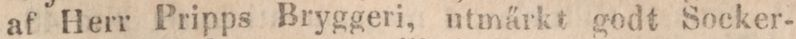
af Herr Pripps Bryggeri, utmärkt godt Socker-